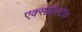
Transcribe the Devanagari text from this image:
एक्सप्लोएटेड